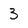
Character: 3